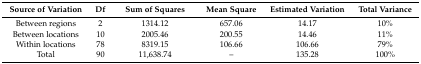
<table><thead><tr><td><b>Source of Variation</b></td><td><b>Df</b></td><td><b>Sum of Squares</b></td><td><b>Mean Square</b></td><td><b>Estimated Variation</b></td><td><b>Total Variance </b></td></tr></thead><tbody><tr><td>Between regions</td><td>2</td><td>1314.12</td><td>657.06</td><td>14.17</td><td>10%</td></tr><tr><td>Between locations</td><td>10</td><td>2005.46</td><td>200.55</td><td>14.46</td><td>11%</td></tr><tr><td>Within locations</td><td>78</td><td>8319.15</td><td>106.66</td><td>106.66</td><td>79%</td></tr><tr><td>Total</td><td>90</td><td>11,638.74</td><td>–</td><td>135.28</td><td>100%</td></tr></tbody></table>